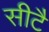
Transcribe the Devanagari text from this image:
सीटै